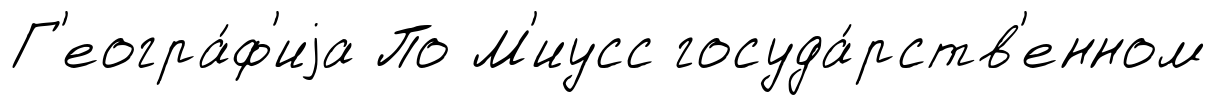
Г'еогра́ф'иjа По М'иусс госуда́рств'енном